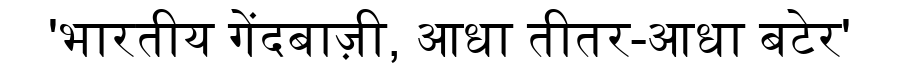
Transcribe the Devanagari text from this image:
'भारतीय गेंदबाज़ी, आधा तीतर-आधा बटेर'